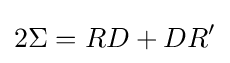
2\Sigma =RD+DR'